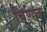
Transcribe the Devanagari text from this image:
बिणज